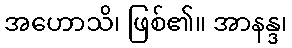
အဟောသိ၊ ဖြစ်၏။ အာနန္ဒ၊